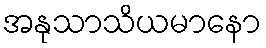
အနုသာသိယမာနော